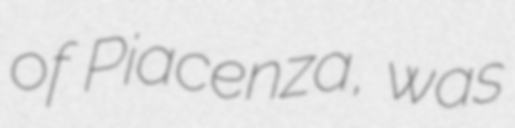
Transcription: of Piacenza, was